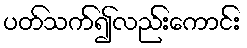
ပတ်သက်၍လည်းကောင်း